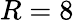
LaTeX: R=8